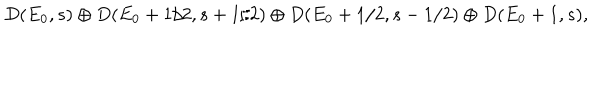
D ( E _ { 0 } , s ) \oplus D ( E _ { 0 } + 1 / 2 , s + 1 / 2 ) \oplus D ( E _ { 0 } + 1 / 2 , s - 1 / 2 ) \oplus D ( E _ { 0 } + 1 , s ) ,